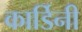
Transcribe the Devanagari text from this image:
कार्डिनी